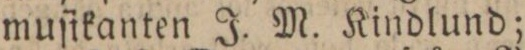
muſikanten J. M. Kindlund;